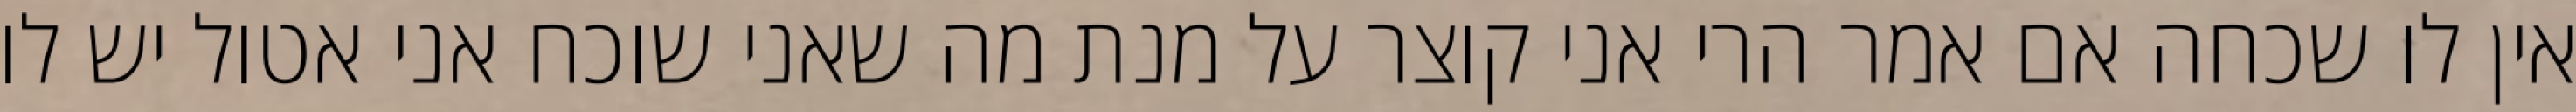
אין לו שכחה אם אמר הרי אני קוצר על מנת מה שאני שוכח אני אטול יש לו